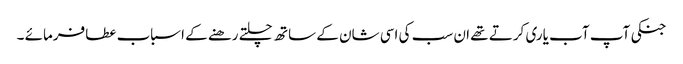
جنکی آپ آب یاری کرتے تھے ان سب کی اسی شان کے ساتھ چلتے رھنے کے اسباب عطافرمائے ۔